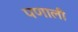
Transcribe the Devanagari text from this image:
पणाली